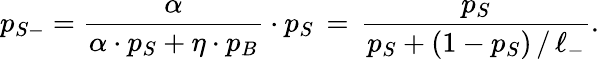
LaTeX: p_{S-}=\frac{\alpha}{\alpha\cdot p_{S}+\eta\cdot p_{B}}\cdot p_{S}\, =\, \frac{p_{S}}{p_{S}+(1-p_{S})\, /\, \ell_{-}}.